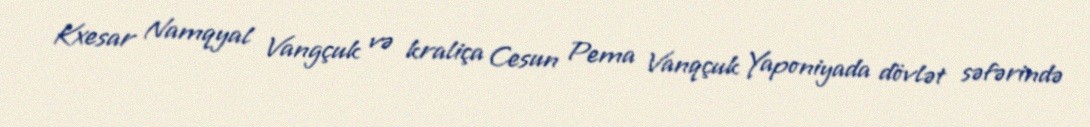
Kxesar Namqyal Vangçuk və kraliça Cesun Pema Vanqçuk Yaponiyada dövlət səfərində